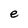
Character: e